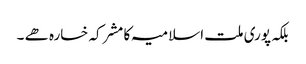
بلکہ پوری ملت اسلامیہ کا مشرکہ خسارہ ھے ۔